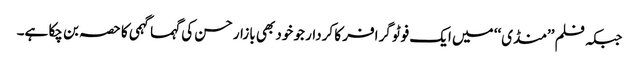
جبکہ فلم ’’منڈی‘‘ میں ایک فوٹو گرافر کا کردار جو خود بھی بازار حسن کی گہما گہمی کا حصہ بن چکا ہے۔